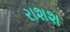
રાશશ